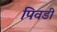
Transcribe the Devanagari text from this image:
पिवडी